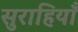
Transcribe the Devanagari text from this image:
सुराहियाँ